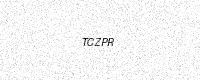
Text: TCZPR